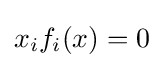
x_{i}f_{i}(x)=0